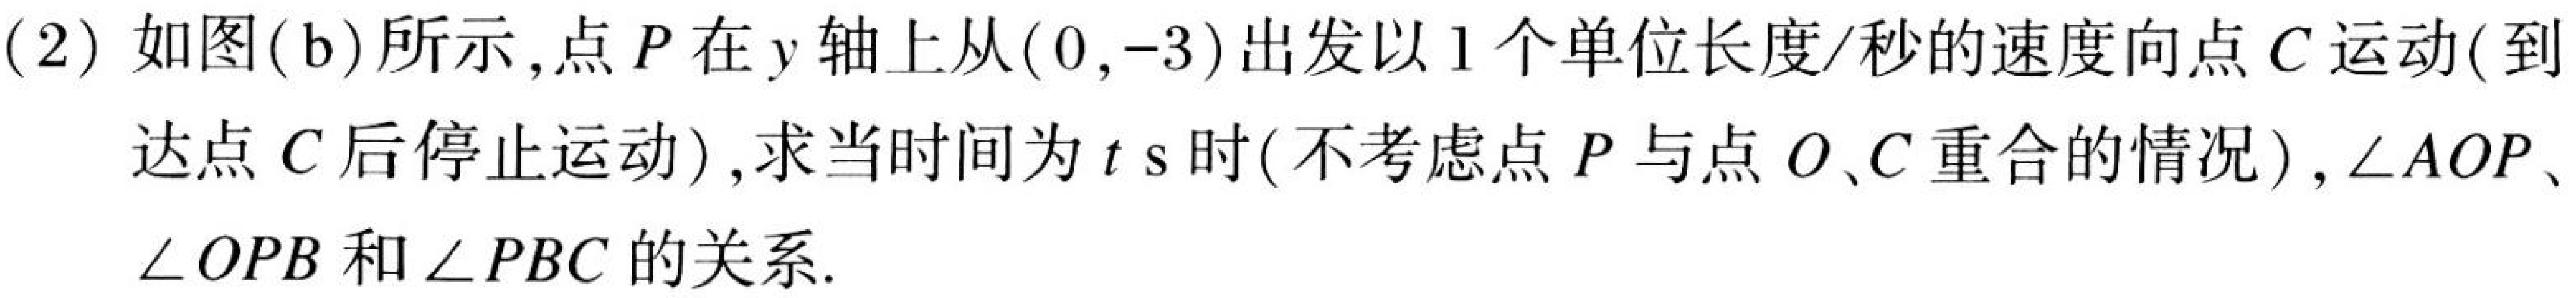
(2)如图(b)所示,点\(P\)在\(y\)轴上从\((0,-3)\)出发以\(1\)个单位长度/秒的速度向点\(C\)运动(到达点\(C\)后停止运动),求当时间为\(t\ s\)时(不考虑点\(P\)与点\(O、C\)重合的情况),\(\angle AOP\)、\(\angle OPB\)和\(\angle PBC\)的关系.